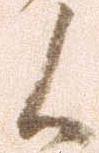
候